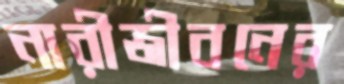
নারীজীবনের